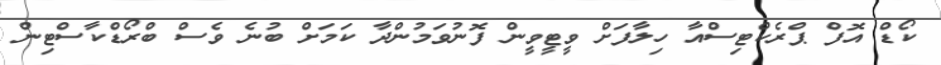
ކޯޑް އޮފް ޕްރެކްޓިސްއާ ހިލާފަށް ވީޓީވީން ފޮނުވަމުންދާާ ކަމަށް ބުނެ ވެސް ބްރޯޑްކާސްޓިން